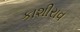
કાશીરાવ